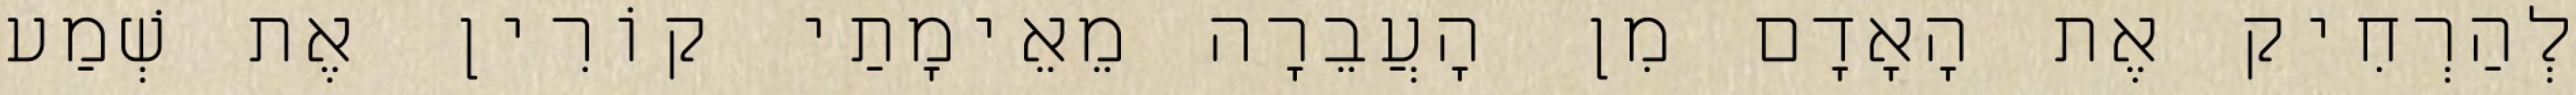
לְהַרְחִיק אֶת הָאָדָם מִן הָעֲבֵרָה מֵאֵימָתַי קוֹרִין אֶת שְׁמַע